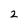
Character: 2